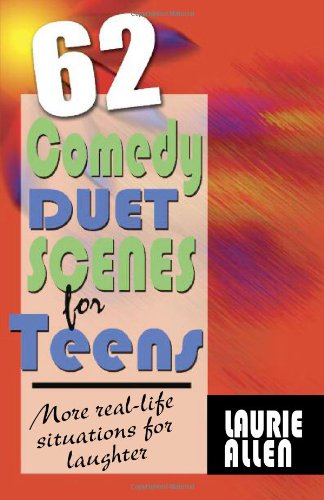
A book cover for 62 Comedy Duet Scenes for Teens: More Real-Life Situations for Laughter; Laurie Allen; Humor & Entertainment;